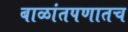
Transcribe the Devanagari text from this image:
बाळांतपणातच